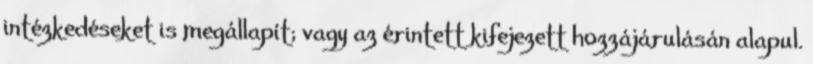
intézkedéseket is megállapít; vagy az érintett kifejezett hozzájárulásán alapul.